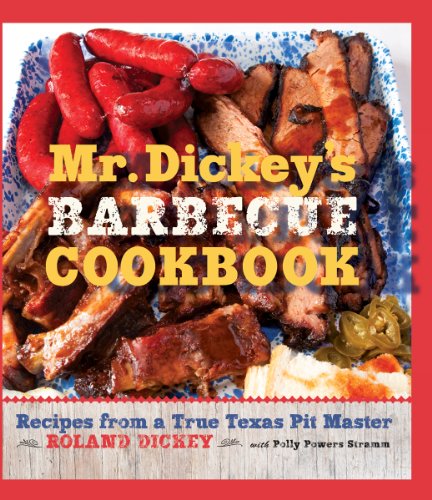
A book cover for Mr. Dickey's Barbecue Cookbook: Recipes from a True Texas Pit Master; Roland Dickey; Cookbooks, Food & Wine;